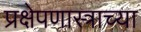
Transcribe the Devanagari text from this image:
प्रक्षेपणास्त्राच्या